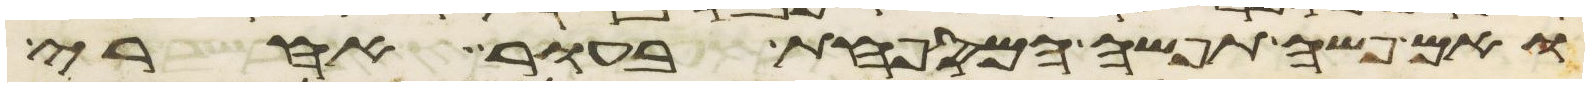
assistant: ואם פשה תפשה המספחת בעור אחרי